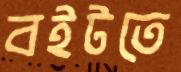
বইটতে